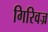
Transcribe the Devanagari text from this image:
गिरिवज्र